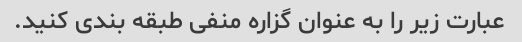
عبارت زیر را به عنوان گزاره منفی طبقه بندی کنید.